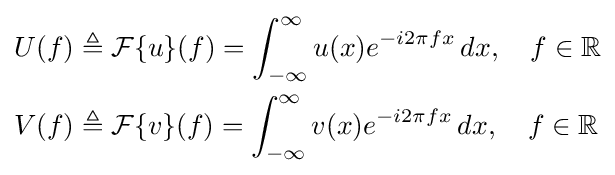
{\begin{aligned}U(f)&\triangleq {\mathcal {F}}\{u\}(f)=\int _{-\infty }^{\infty }u(x)e^{-i2\pi fx}\,dx,\quad f\in \mathbb {R} \\V(f)&\triangleq {\mathcal {F}}\{v\}(f)=\int _{-\infty }^{\infty }v(x)e^{-i2\pi fx}\,dx,\quad f\in \mathbb {R} \end{aligned}}